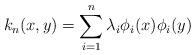
LaTeX: \begin{align*}k_n(x,y) = \sum_{i=1}^{n}\lambda_i\phi_i(x)\phi_i(y)\end{align*}